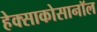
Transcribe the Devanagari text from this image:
हेक्साकोसानॉल